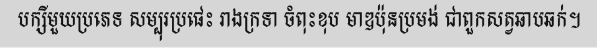
បក្សីមួយប្រភេទ សម្បុរប្រផេះ រាងក្រទា ចំពុះខុប មាឌប៉ុនប្រមង់ ជាពួកសត្វឆាបឆក់។